Civil Veterinary Dept. Bombay admin report 1900-1906 - 1900-1906
Year: 1900
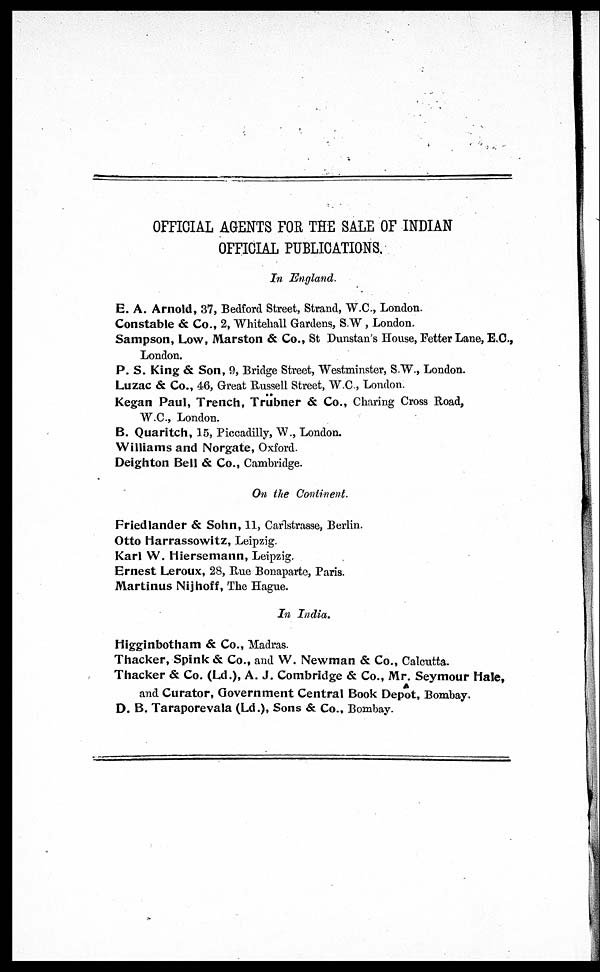
OFFICIAL AGENTS FOR THE SALE OF INDIAN
OFFICIAL PUBLICATIONS.
In England.
E. A. Arnold, 37, Bedford Street, Strand, W.C., London.
Constable & Co., 2, Whitehall Gardens, S.W, London.
Sampson, Low, Marston & Co., St Dunstan's House, Fetter Lane, E.C.,
London.
P. S. King & Son, 9, Bridge Street, Westminster, S.W., London.
Luzac & Co., 46, Great Russell Street, W.C., London.
Kegan Paul, Trench, Trübner & Co., Charing Cross Road,
W.C., London.
B. Quaritch, 15, Piccadilly, W., London.
Williams and Norgate, Oxford.
Deighton Bell & Co., Cambridge.
On the Continent.
Friedlander & Sohn, 11, Cartstrasse, Berlin.
Otto Harrassowitz, Leipzig.
Karl W. Hiersemann, Leipzig.
Ernest Leroux, 28, Rue Bonaparte, Paris.
Martinus Nijhoff, The Hague.
In India.
Higginbotham & Co., Madras.
Thacker, Spink & Co., and W. Newman & Co., Calcutta.
Thacker & Co. (Ld.), A. J. Combridge & Co., Mr. Seymour Hale,
and Curator, Government Central Book Depot, Bombay.
D. B. Taraporevala (Ld.), Sons & Co., Bombay.